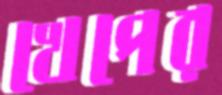
খেপের